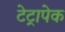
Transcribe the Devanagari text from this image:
टेट्रापेक